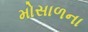
મોસાળના